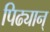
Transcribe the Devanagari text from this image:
पिढ्यान्‌